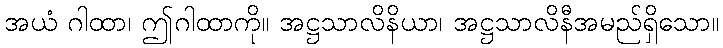
အယံ ဂါထာ၊ ဤဂါထာကို။ အဋ္ဌသာလိနိယာ၊ အဋ္ဌသာလိနီအမည်ရှိသော။